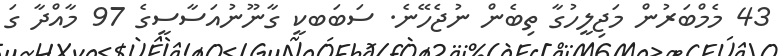
43 މެމްބަރުން މަޖިލީހުގާ ތިބެން ނުޖެހޭނެ. ސަބަބކީ ގާނޫނުއަސާސީގެ 97 މާއްދާ ގަ